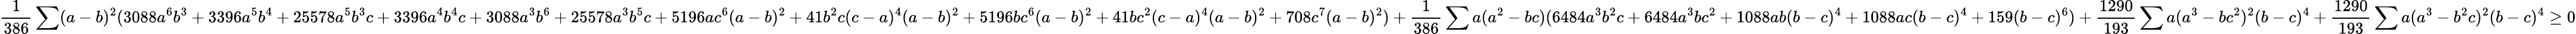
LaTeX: \frac{1}{386}\sum(a-b)^{2}(3088a^{6}b^{3}+3396a^{5}b^{4}+25578a^{5}b^{3}c+3396a^{4}b^{4}c+3088a^{3}b^{6}+25578a^{3}b^{5}c+5196ac^{6}(a-b)^{2}+41b^{2}c(c-a)^{4}(a-b)^{2}+5196bc^{6}(a-b)^{2}+41bc^{2}(c-a)^{4}(a-b)^{2}+708c^{7}(a-b)^{2})+\frac{1}{386}\sum a(a^{2}-bc)(6484a^{3}b^{2}c+6484a^{3}bc^{2}+1088ab(b-c)^{4}+1088ac(b-c)^{4}+159(b-c)^{6})+\frac{1290}{193}\sum a(a^{3}-bc^{2})^{2}(b-c)^{4}+\frac{1290}{193}\sum a(a^{3}-b^{2}c)^{2}(b-c)^{4}\ge 0